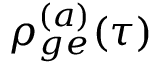
\rho _ { g e } ^ { ( a ) } ( \tau )